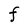
Character: F